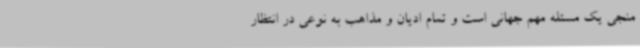
منجی یک مسئله مهم جهانی است و تمام ادیان و مذاهب به نوعی در انتظار